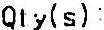
QTY(S) :